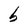
Character: b